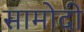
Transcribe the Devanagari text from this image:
सामोदी